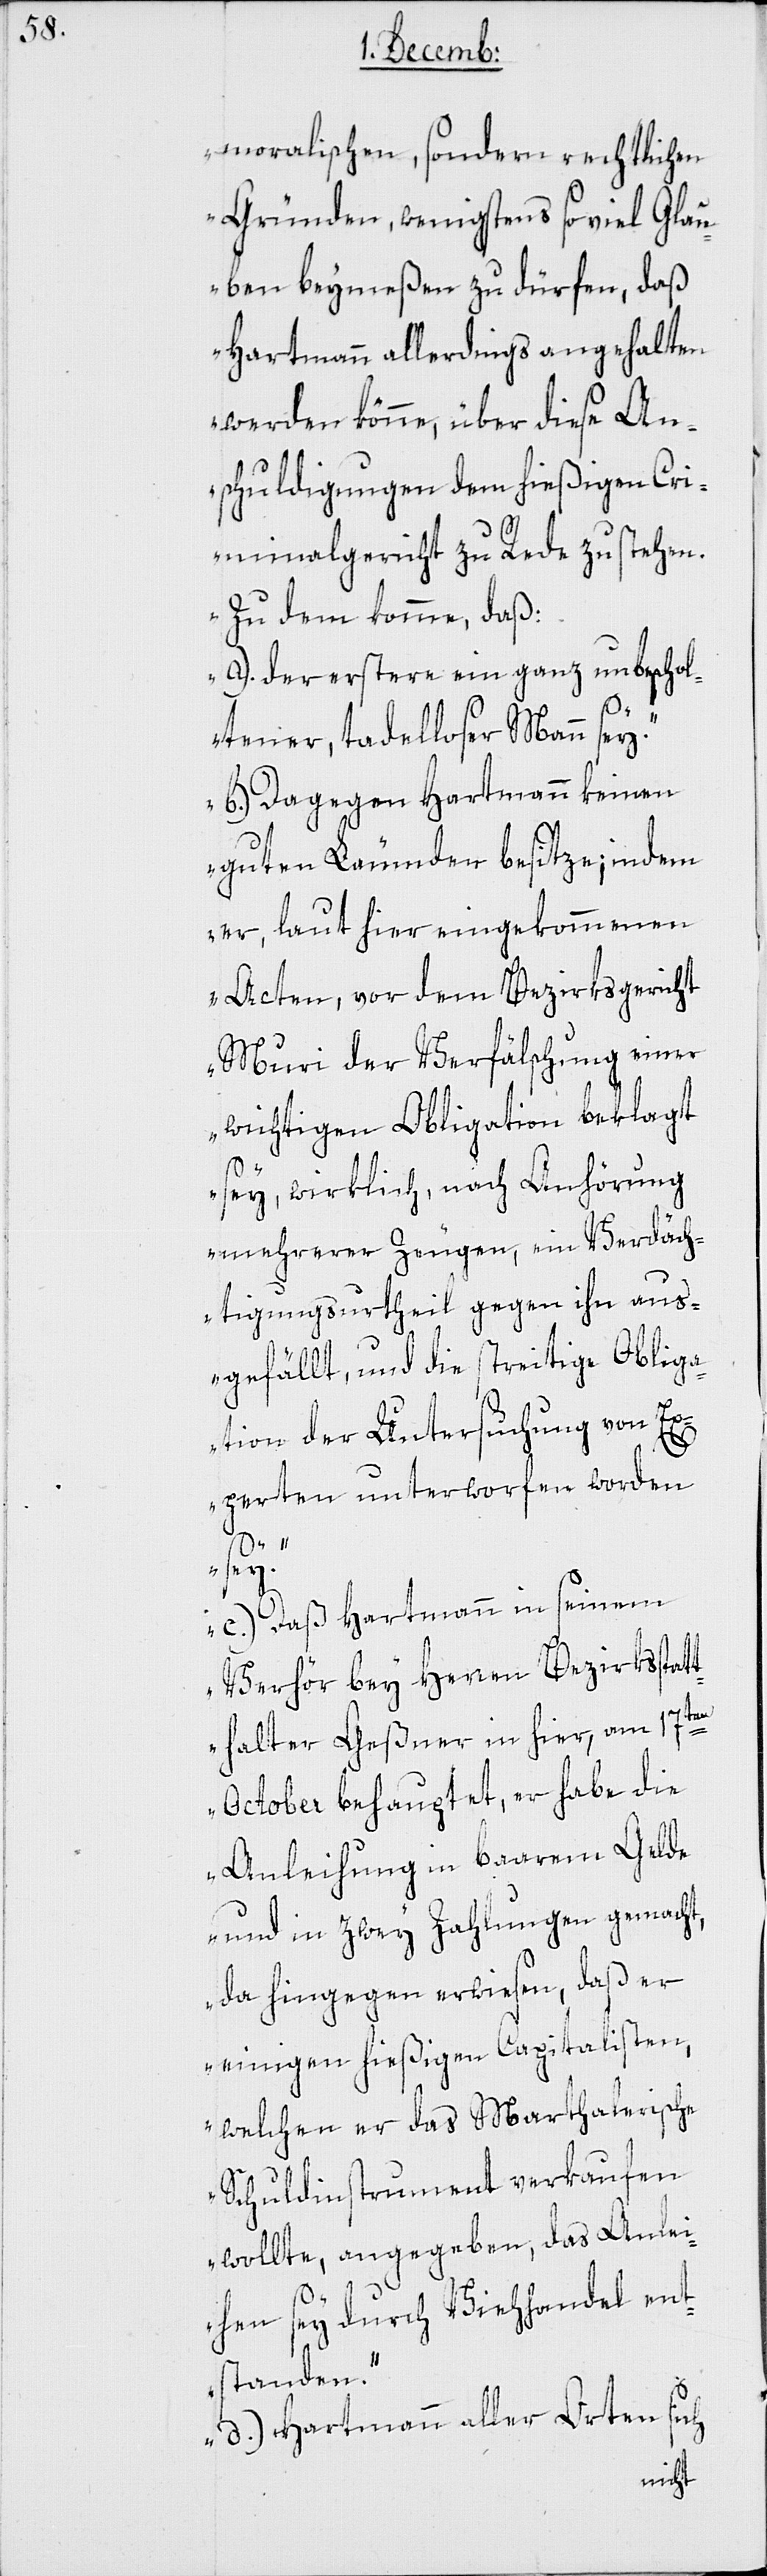
moralischen, sondern rechtlichen
Gründen, wenigstens so viel Glau¬
ben beymeßen zu dürfen, daß
Hartmann allerdings angehalten
werden könne, über diese An¬
schuldigungen dem hießigen Cri¬
minalgericht zu Rede zu stehen.
Zudem komme, daß
a.) Der erstere ein ganz unbeschol¬
tener, tadelloser Mann sey.
b.) Dagegen Hartmann keinen
guten Leumden besitze; indem
er, laut hier eingekommenen
Akten, vor dem Bezirksgericht
Muri der Verfälschung einer
wichtigen Obligation beklagt
sey, wirklich nach Anhörung
mehrerer Zeugen, ein Verdäch¬
tigungsurtheil gegen ihn aus¬
gefällt, und die streitige Oblig¬
ation der Untersuchung von Ex¬
perten unterworfen worden
sey.
c.) Daß Hartmann in seinem
Verhör bey Herren Bezirksstat¬
thalter Geßner in hier, am 17ten
October behauptet, er habe die
Anleihung in baarem Gelde
und in zwey Zahlungen gemacht,
da hingegen erwiesen, daß er
einigen hießigen Capitalisten,
welchen er das Marthalerische
Schuldinstrument verkaufen
wollte, angegeben, das Anlei¬
hen sey durch Viehhandel ent¬
standen.
d.) Hartmann aller Orten sich